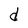
Character: d